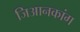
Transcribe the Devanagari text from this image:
जिआनकांग